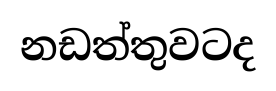
නඩත්තුවටද